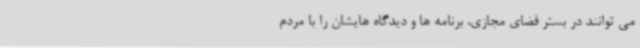
می توانند در بستر فضای مجازی، برنامه ها و دیدگاه هایشان را با مردم